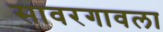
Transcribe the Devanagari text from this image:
सावरगावला